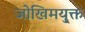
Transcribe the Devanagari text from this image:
जोखिमयु्क्त